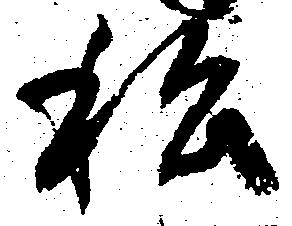
私